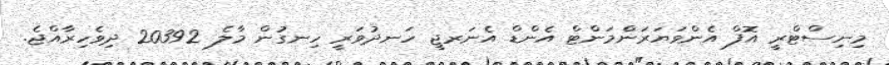
މިނިސްޓްރީ އޮފް އެންވަޔަރަންމަންޓް އެންޑް އެނަރޖީ ހަނދުވަރީ ހިނގުން މާލެ 20392 ދިވެހިރާއްޖެ.